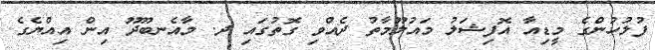
ފުލުހުންގެ މީޑިއާ އޮފިޝަލު މައުލޫމާތު ދެއްވި ގޮތުގައި ދ. މާއެނބޫދޫ އިން އިއްޔެގެ